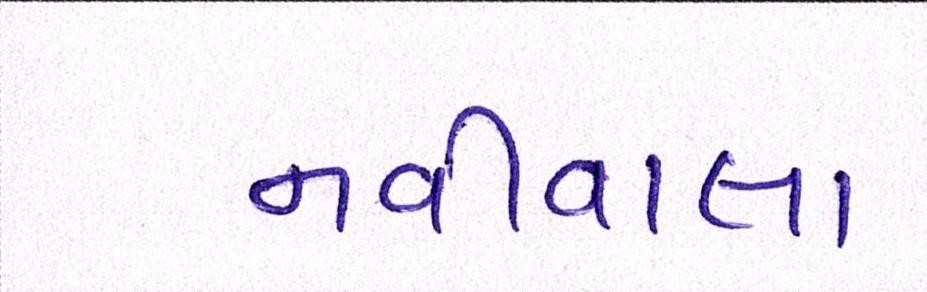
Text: નવીવાલા